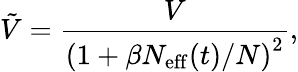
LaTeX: \tilde{V}=\frac{V}{\left(1+\beta N_{\mathrm{eff}}(t)/N\right)^{2}},